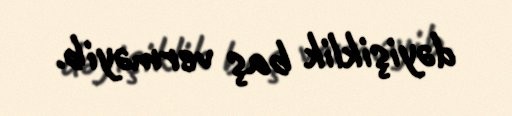
dəyişiklik baş verməyib.